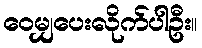
ဝေမျှပေးလိုက်ပါဦး။